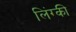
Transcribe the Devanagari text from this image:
लिंग्‍की